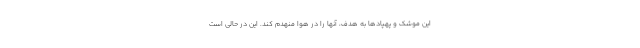
این موشک و پهپادها به هدف، آنها را در هوا منهدم کند. این در حالی است